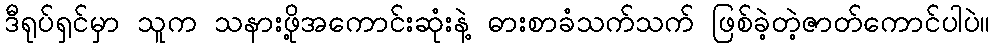
ဒီရုပ်ရှင်မှာ သူက သနားဖို့အကောင်းဆုံးနဲ့ ဓားစာခံသက်သက် ဖြစ်ခဲ့တဲ့ဇာတ်ကောင်ပါပဲ။